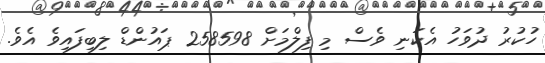
ހުކުރު ދުވަހު އެކަނި ވެސް މި ފިލްމަށް 258598 ޕައުންޑް ލިބިފައިވެ އެވެ.